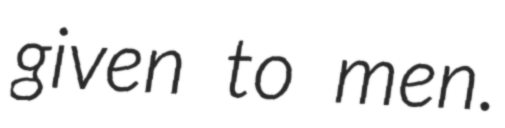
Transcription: given to men.